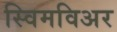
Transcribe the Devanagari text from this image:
स्विमविअर